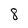
Character: 8